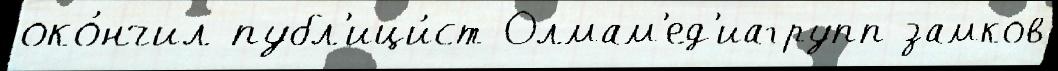
око́нчил публ'ици́ст Олмам'ед'иагрупп замков